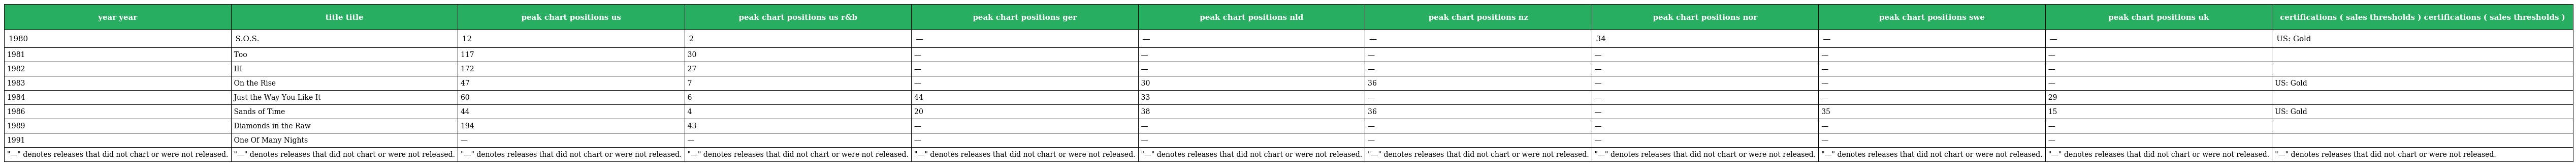
| year year | title title | peak chart positions us | peak chart positions us r&b | peak chart positions ger | peak chart positions nld | peak chart positions nz | peak chart positions nor | peak chart positions swe | peak chart positions uk | certifications ( sales thresholds ) certifications ( sales thresholds ) |
 | --- | --- | --- | --- | --- | --- | --- | --- | --- | --- | --- |
 | 1980 | S.O.S. | 12 | 2 | — | — | — | 34 | — | — | US: Gold |
 | 1981 | Too | 117 | 30 | — | — | — | — | — | — |  |
 | 1982 | III | 172 | 27 | — | — | — | — | — | — |  |
 | 1983 | On the Rise | 47 | 7 | — | 30 | 36 | — | — | — | US: Gold |
 | 1984 | Just the Way You Like It | 60 | 6 | 44 | 33 | — | — | — | 29 |  |
 | 1986 | Sands of Time | 44 | 4 | 20 | 38 | 36 | — | 35 | 15 | US: Gold |
 | 1989 | Diamonds in the Raw | 194 | 43 | — | — | — | — | — | — |  |
 | 1991 | One Of Many Nights | — | — | — | — | — | — | — | — |  |
 | "—" denotes releases that did not chart or were not released. | "—" denotes releases that did not chart or were not released. | "—" denotes releases that did not chart or were not released. | "—" denotes releases that did not chart or were not released. | "—" denotes releases that did not chart or were not released. | "—" denotes releases that did not chart or were not released. | "—" denotes releases that did not chart or were not released. | "—" denotes releases that did not chart or were not released. | "—" denotes releases that did not chart or were not released. | "—" denotes releases that did not chart or were not released. | "—" denotes releases that did not chart or were not released. |